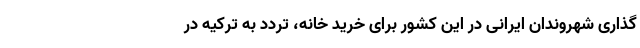
‌گذاری شهروندان ایرانی در این کشور برای خرید خانه، تردد به ترکیه در